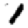
Digit: 1